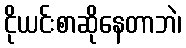
ငိုယင်းစာဆိုနေတာဘဲ၊